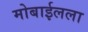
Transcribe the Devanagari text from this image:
मोबाईलला